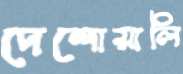
দেশোয়ালি